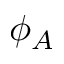
\phi _ { A }